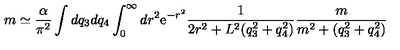
m \simeq \frac { \alpha } { \pi ^ { 2 } } \int d q _ { 3 } d q _ { 4 } \int _ { 0 } ^ { \infty } d r ^ { 2 } \mathrm { e } ^ { - r ^ { 2 } } \frac { 1 } { 2 r ^ { 2 } + L ^ { 2 } ( q _ { 3 } ^ { 2 } + q _ { 4 } ^ { 2 } ) } \frac { m } { m ^ { 2 } + ( q _ { 3 } ^ { 2 } + q _ { 4 } ^ { 2 } ) }